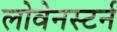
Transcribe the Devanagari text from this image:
लोवेनस्टर्न